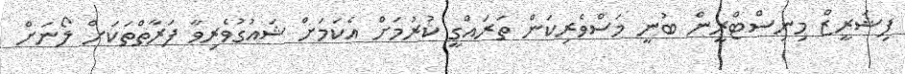
ފިޝަރީޒް މިނިސްޓްރީން ބުނީ މަސްވެރިކަން ތަރައްގީ ކުރުމަށް އެކަމަށް ޝައުގުވެރިވާ ފަރާތްތަކަށް ލޯނަށް